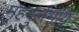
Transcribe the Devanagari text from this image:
महदुर्लभाय